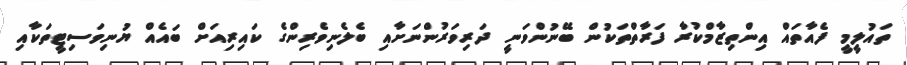
ތައުލީމީ ފެއާތައް އިންތިޒާމްކުރާ ފަރާތްތަކުން ބޭނުންވަނީ ދަރިވަރުންނަށާއި ބެލެނިވެރިންގެ ކައިރިއަށް ބައެއް ޔުނިވަސިޓީތަކާއި